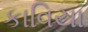
કાવિયા